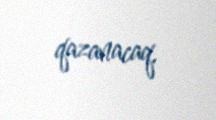
qazanacaq.